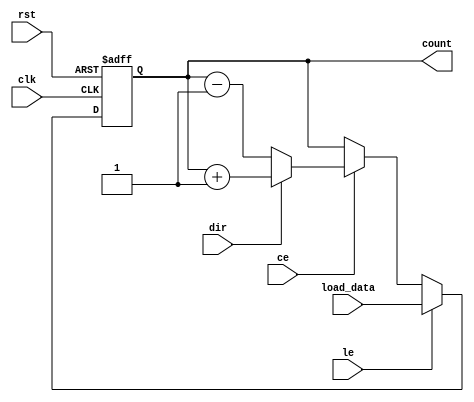
module LoadableCounter #(
    parameter N = 8,  // Number of bits for the counter
    parameter INIT_VAL = 0 // Initial value for reset
)(
    input wire clk,         // Clock signal
    input wire rst,         // Reset signal
    input wire le,          // Load Enable signal
    input wire ce,          // Count Enable signal
    input wire dir,         // Count Direction (1 for up, 0 for down)
    input wire [N-1:0] load_data, // Data to load into the counter
    output reg [N-1:0] count // Current count value output
);

    // Always block for synchronous operations
    always @(posedge clk or posedge rst) begin
        if (rst) begin
            // Reset the counter to the initial value
            count <= INIT_VAL;
        end else if (le) begin
            // Load the counter with the load_data
            count <= load_data;
        end else if (ce) begin
            // Count up or down based on the DIR signal
            if (dir) begin
                // Increment the counter
                count <= count + 1;
            end else begin
                // Decrement the counter
                count <= count - 1;
            end
        end
    end

endmodule